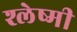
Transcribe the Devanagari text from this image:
श्लेष्मी